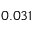
0 . 0 3 1